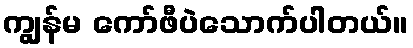
ကျွန်မ ကော်ဖီပဲသောက်ပါတယ်။